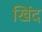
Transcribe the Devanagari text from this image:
खिंद